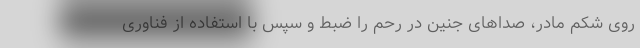
روی شکم مادر، صداهای جنین در رحم را ضبط و سپس با استفاده از فناوری